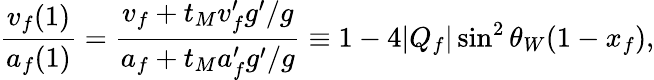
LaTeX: \frac{v_{f}(1)}{a_{f}(1)}=\frac{v_{f}+t_{M}v_{f}^{\prime}g^{\prime}/g}{a_{f}+t_{M}a_{f}^{\prime}g^{\prime}/g}\equiv 1-4|Q_{f}|\sin^{2}\theta_{W}(1-x_{f}),